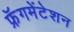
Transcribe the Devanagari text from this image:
फ्रॅगमेंटेशन